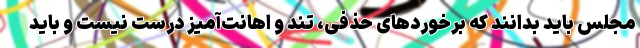
مجلس باید بدانند که برخوردهای حذفی، تند و اهانت‌آمیز درست نیست و باید